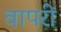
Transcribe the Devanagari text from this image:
वापरी